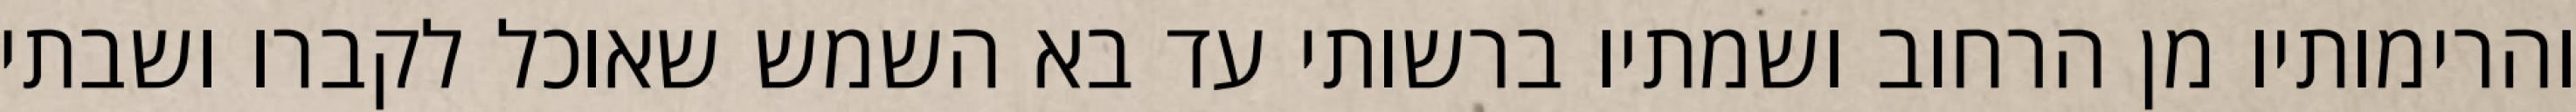
והרימותיו מן הרחוב ושמתיו ברשותי עד בא השמש שאוכל לקברו ושבתי